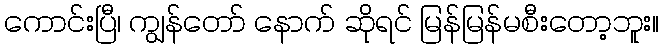
ကောင်းပြီ၊ ကျွန်တော် နောက် ဆိုရင် မြန်မြန်မစီးတော့ဘူး။